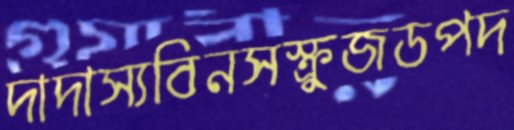
দাদাস্যবিনসস্ক্রুজডপদ